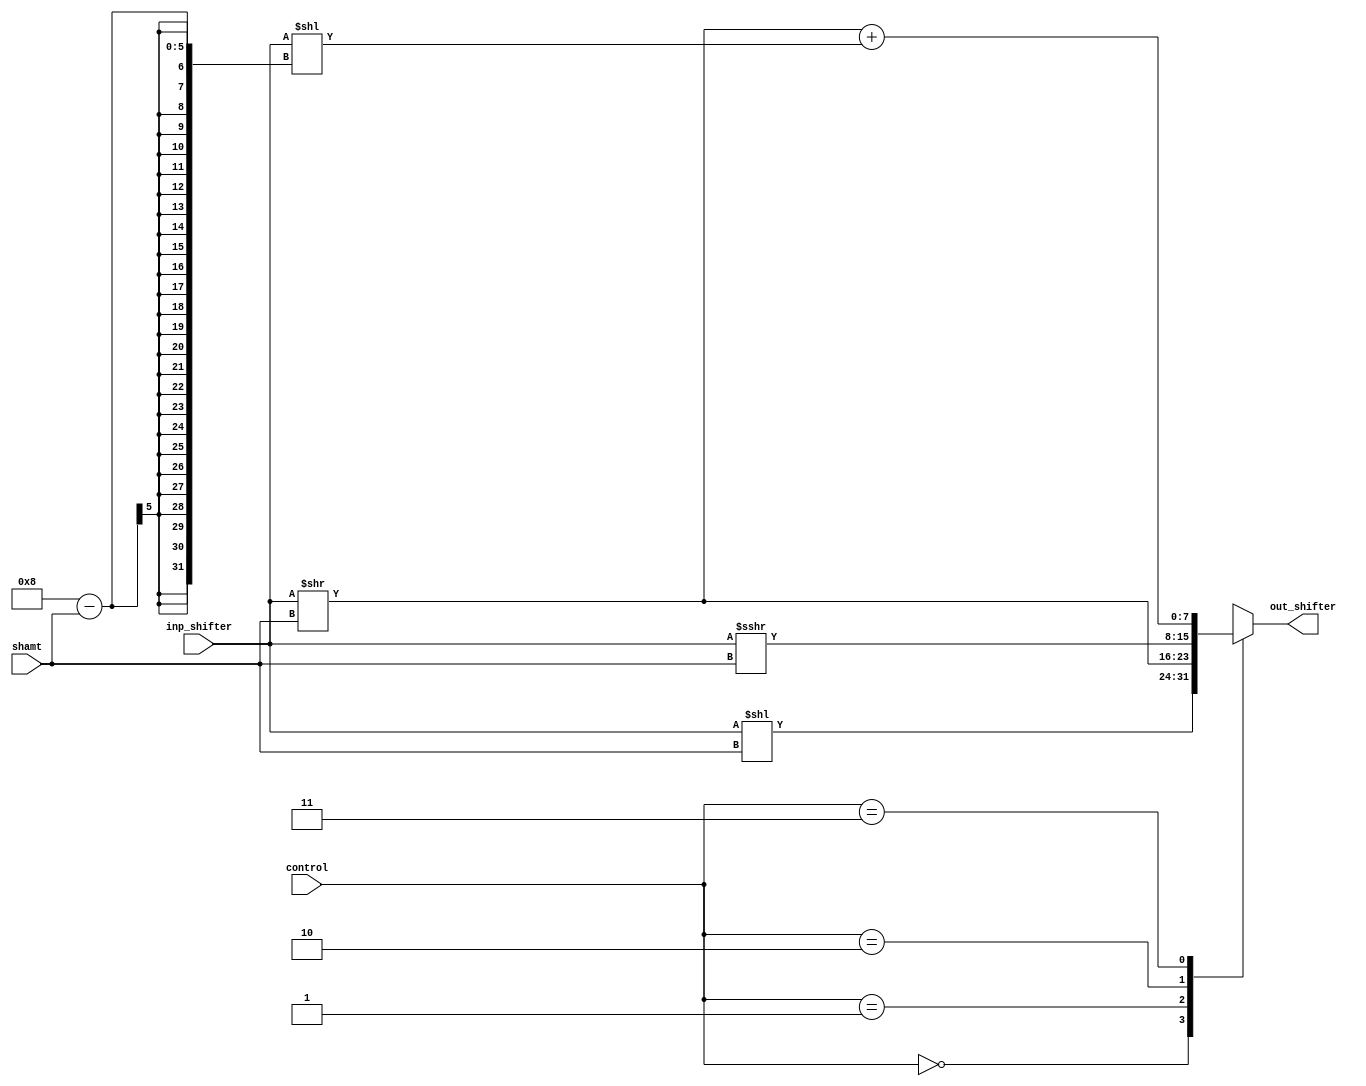
module combinational_shifter #(parameter W = 8)(input signed [W-1:0] inp_shifter, input [4:0] shamt, input [1:0] control, output reg [W-1:0] out_shifter);
	
	reg [W-1:0] temp_shift;
	reg [W-1:0] temp_R_shift;
	reg [W-1:0] temp_L_shift;
	
	always @(*)
		begin
			case (control) 
				2'b00: out_shifter = (inp_shifter << shamt); // Logic shift left
				2'b01: out_shifter = (inp_shifter >> shamt); // Logic shift right
				2'b10: out_shifter = (inp_shifter >>> shamt);// Arithmetic shift right signed
				2'b11: 
					begin 
						temp_shift = 0;
						temp_R_shift = inp_shifter >> shamt;
						temp_L_shift = inp_shifter << (W-shamt);
						temp_shift = temp_R_shift + temp_L_shift;
						out_shifter = (inp_shifter >> shamt) + (inp_shifter << (W-shamt));
					end
			endcase
		end
endmodule